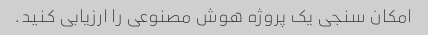
امکان سنجی یک پروژه هوش مصنوعی را ارزیابی کنید.